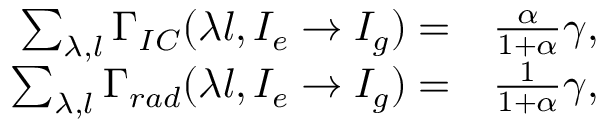
\begin{array} { r l } { \sum _ { \lambda , l } \Gamma _ { I C } ( \lambda l , I _ { e } \to I _ { g } ) = } & { { } \frac { \alpha } { 1 + \alpha } \gamma , } \\ { \sum _ { \lambda , l } \Gamma _ { r a d } ( \lambda l , I _ { e } \to I _ { g } ) = } & { { } \frac { 1 } { 1 + \alpha } \gamma , } \end{array}